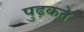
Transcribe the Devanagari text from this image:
पुढ़कते